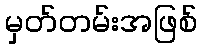
မှတ်တမ်းအဖြစ်